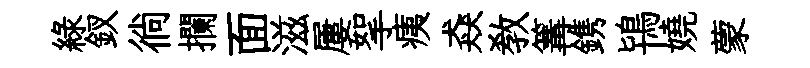
緑釵徜攔面滋屢挐痍猋教篝鎸鴇嬈蒙